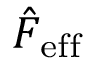
\hat { F } _ { \mathrm { e f f } }